Report of the Municipal Commissioner on the plague in Bombay for the year ending 31st May... - Volume 1
Disease focus: Plague
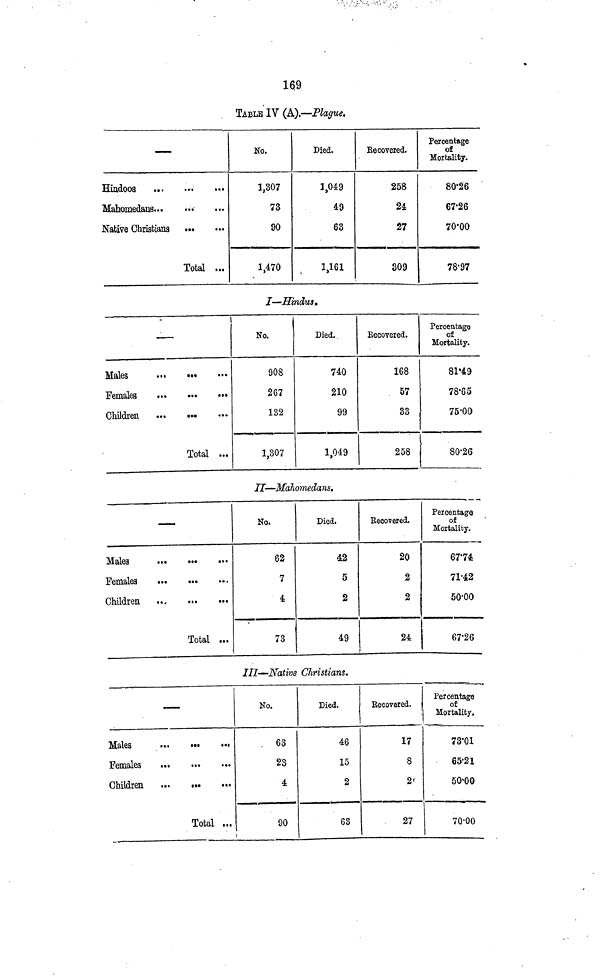
169
TABLE IV (A).—Plague.
—
Hindoos
Mahomedans
Native
Christians
Total
No.
1,307
73
90
1,470
Died.
1,049
49
63
1,161
Recovered.
258
24
27
309
Percentage
of
Mortality.
8026
67·26
70·00
78·97
I—Hindus.
Males
Females
Children
Total
No.
908
267
132
1,307
Died.
740
210
99
1,049
Recovered.
168
57
33
258
Percentage
of
Mortality.
81·49
78'65
75·00
80·26
II—Mahomedans.
—
Males
Females
Children
Total
No.
62
7
4
73
Died.
42
5
2
49
Recovered.
20
2
2
24
Percentage
of
Mortality.
67·74
71·42
50·00
67·26
III—Native Christians.
—
Males
Females
Children
Total
No.
63
23
4
90
Died.
46
15
2
63
Recovered.
17
8
2
27
Percentage
of
Mortality.
73·01
65·21
50·00
70·00